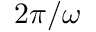
2 \pi / \omega